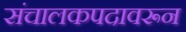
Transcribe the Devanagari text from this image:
संचालकपदावरून